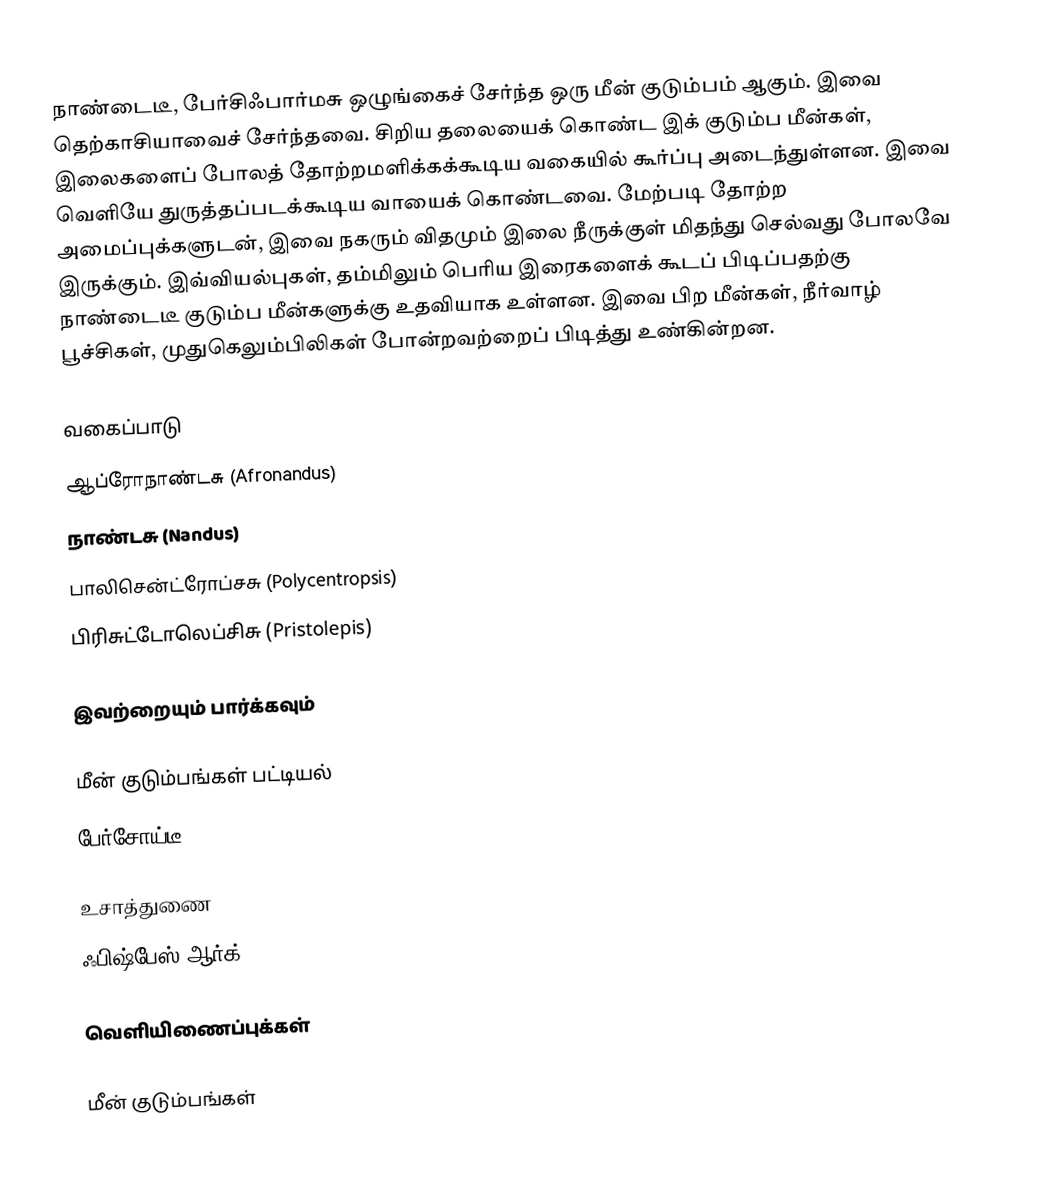
நாண்டைடீ, பேர்சிஃபார்மசு ஒழுங்கைச் சேர்ந்த ஒரு மீன் குடும்பம் ஆகும். இவை தெற்காசியாவைச் சேர்ந்தவை. சிறிய தலையைக் கொண்ட இக் குடும்ப மீன்கள், இலைகளைப் போலத் தோற்றமளிக்கக்கூடிய வகையில் கூர்ப்பு அடைந்துள்ளன. இவை வெளியே துருத்தப்படக்கூடிய வாயைக் கொண்டவை. மேற்படி தோற்ற அமைப்புக்களுடன், இவை நகரும் விதமும் இலை நீருக்குள் மிதந்து செல்வது போலவே இருக்கும். இவ்வியல்புகள், தம்மிலும் பெரிய இரைகளைக் கூடப் பிடிப்பதற்கு நாண்டைடீ குடும்ப மீன்களுக்கு உதவியாக உள்ளன. இவை பிற மீன்கள், நீர்வாழ் பூச்சிகள், முதுகெலும்பிலிகள் போன்றவற்றைப் பிடித்து உண்கின்றன.

வகைப்பாடு
ஆப்ரோநாண்டசு (Afronandus)
நாண்டசு (Nandus)
பாலிசென்ட்ரோப்சசு (Polycentropsis)
பிரிசுட்டோலெப்சிசு (Pristolepis)

இவற்றையும் பார்க்கவும்

 மீன் குடும்பங்கள் பட்டியல்
 பேர்சோய்டீ

உசாத்துணை
 ஃபிஷ்பேஸ்.ஆர்க்

வெளியிணைப்புக்கள்

மீன் குடும்பங்கள்